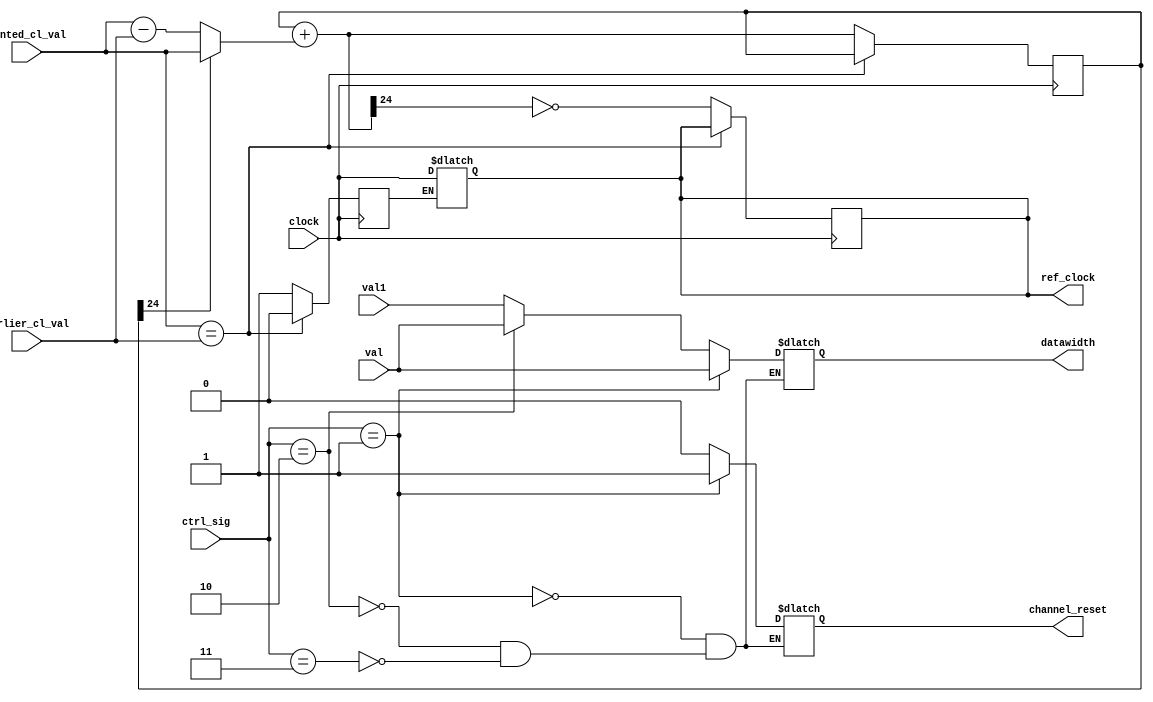

module DCW(
input [2:0] ctrl_sig ,
input [2:0] val ,
input [2:0] val1 ,
input [24:0] wanted_cl_val ,
input [24:0] earlier_cl_val ,
input clock ,
output reg channel_reset ,
output reg [2:0] datawidth, 
output  reg ref_clock 
);

reg [24:0] counter ;
reg temp;

initial begin
counter = 0 ;
temp = 0 ;
end

wire [24:0] count = counter[24] ? (wanted_cl_val) : (wanted_cl_val - earlier_cl_val);
wire [24:0] final = counter + count;

always @(posedge clock)
begin
  if(wanted_cl_val==earlier_cl_val)begin
  temp=0; end
else begin
  counter = final;
  ref_clock = ~counter[24];
  temp = 1;
end
end

always@(*)
begin
if(temp==0)begin
ref_clock = clock ;end
end
//ref_gen_clock c1(wanted_cl_val,earlier_cl_val,clock,ref_clock);

always @(*)begin

if(ctrl_sig==1)begin
	channel_reset <= 1 ;
	datawidth <= val ;
//	ref_gen_clock c1(wanted_cl_val,earlier_cl_val,clock,ref_clock);
	
end
else if(ctrl_sig==2)begin
	channel_reset <= 0 ;
	datawidth <=val ;
//	ref_gen_clock c2(wanted_cl_val,earlier_cl_val,clock,ref_clock);
end
else if(ctrl_sig==3)begin
	channel_reset <= 0 ;
	datawidth <=val1;
//	ref_gen_clock c3(wanted_cl_val,earlier_cl_val,clock,ref_clock);
end	

end
endmodule